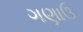
ગણાઉ